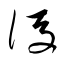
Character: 後